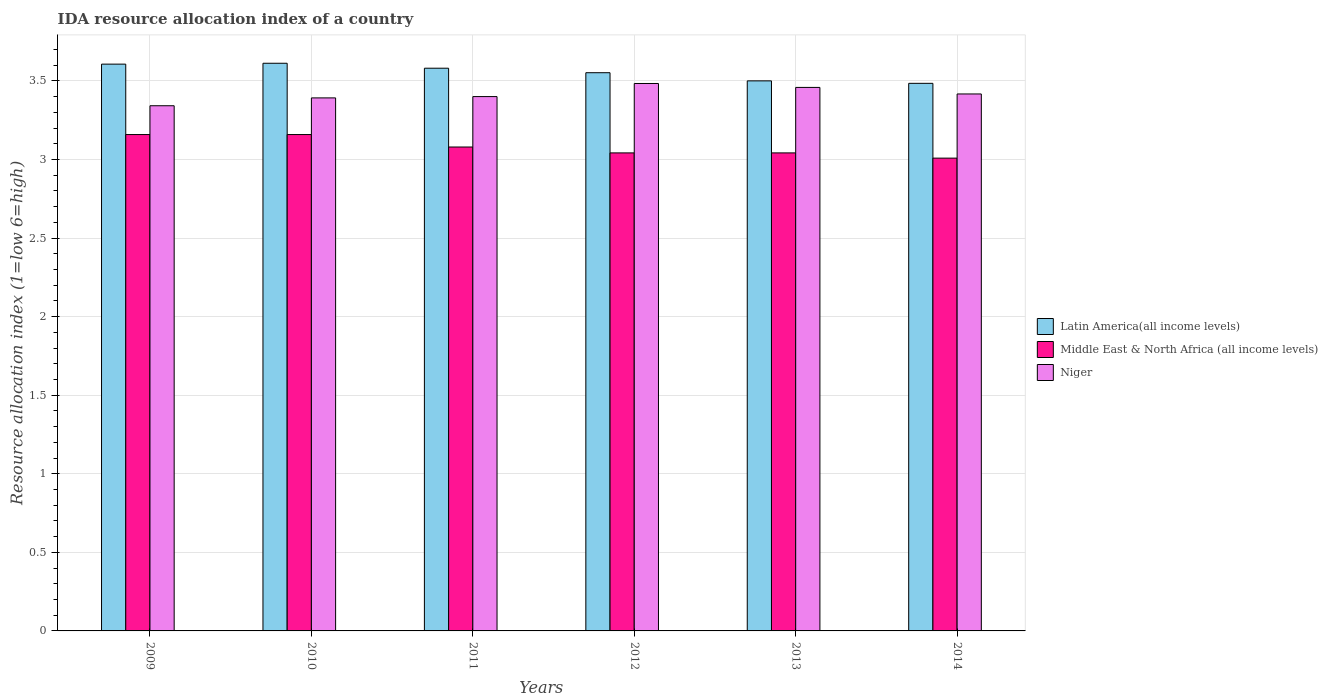
| Years | Latin America(all income levels) | Middle East & North Africa (all income levels) | Niger |
 | --- | --- | --- | --- |
 | 2009 | 3.61 | 3.16 | 3.34 |
 | 2010 | 3.61 | 3.16 | 3.39 |
 | 2011 | 3.58 | 3.08 | 3.4 |
 | 2012 | 3.55 | 3.04 | 3.48 |
 | 2013 | 3.5 | 3.04 | 3.46 |
 | 2014 | 3.48 | 3.01 | 3.42 |